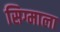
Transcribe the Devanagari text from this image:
सिग्माला